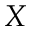
X